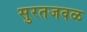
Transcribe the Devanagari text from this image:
सुरतजवळ